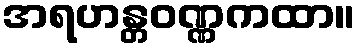
အရဟန္တဝဏ္ဏကထာ။